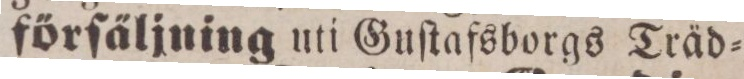
förſäljning uti Guſtafsborgs Träd=